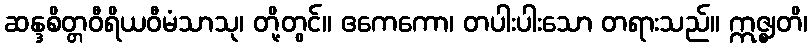
ဆန္ဒစိတ္တဝီရိယဝီမံသာသု၊ တို့တွင်။ ဧကေကော၊ တပါးပါးသော တရားသည်။ ဣဇ္ဈတိ၊